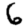
Digit: 6